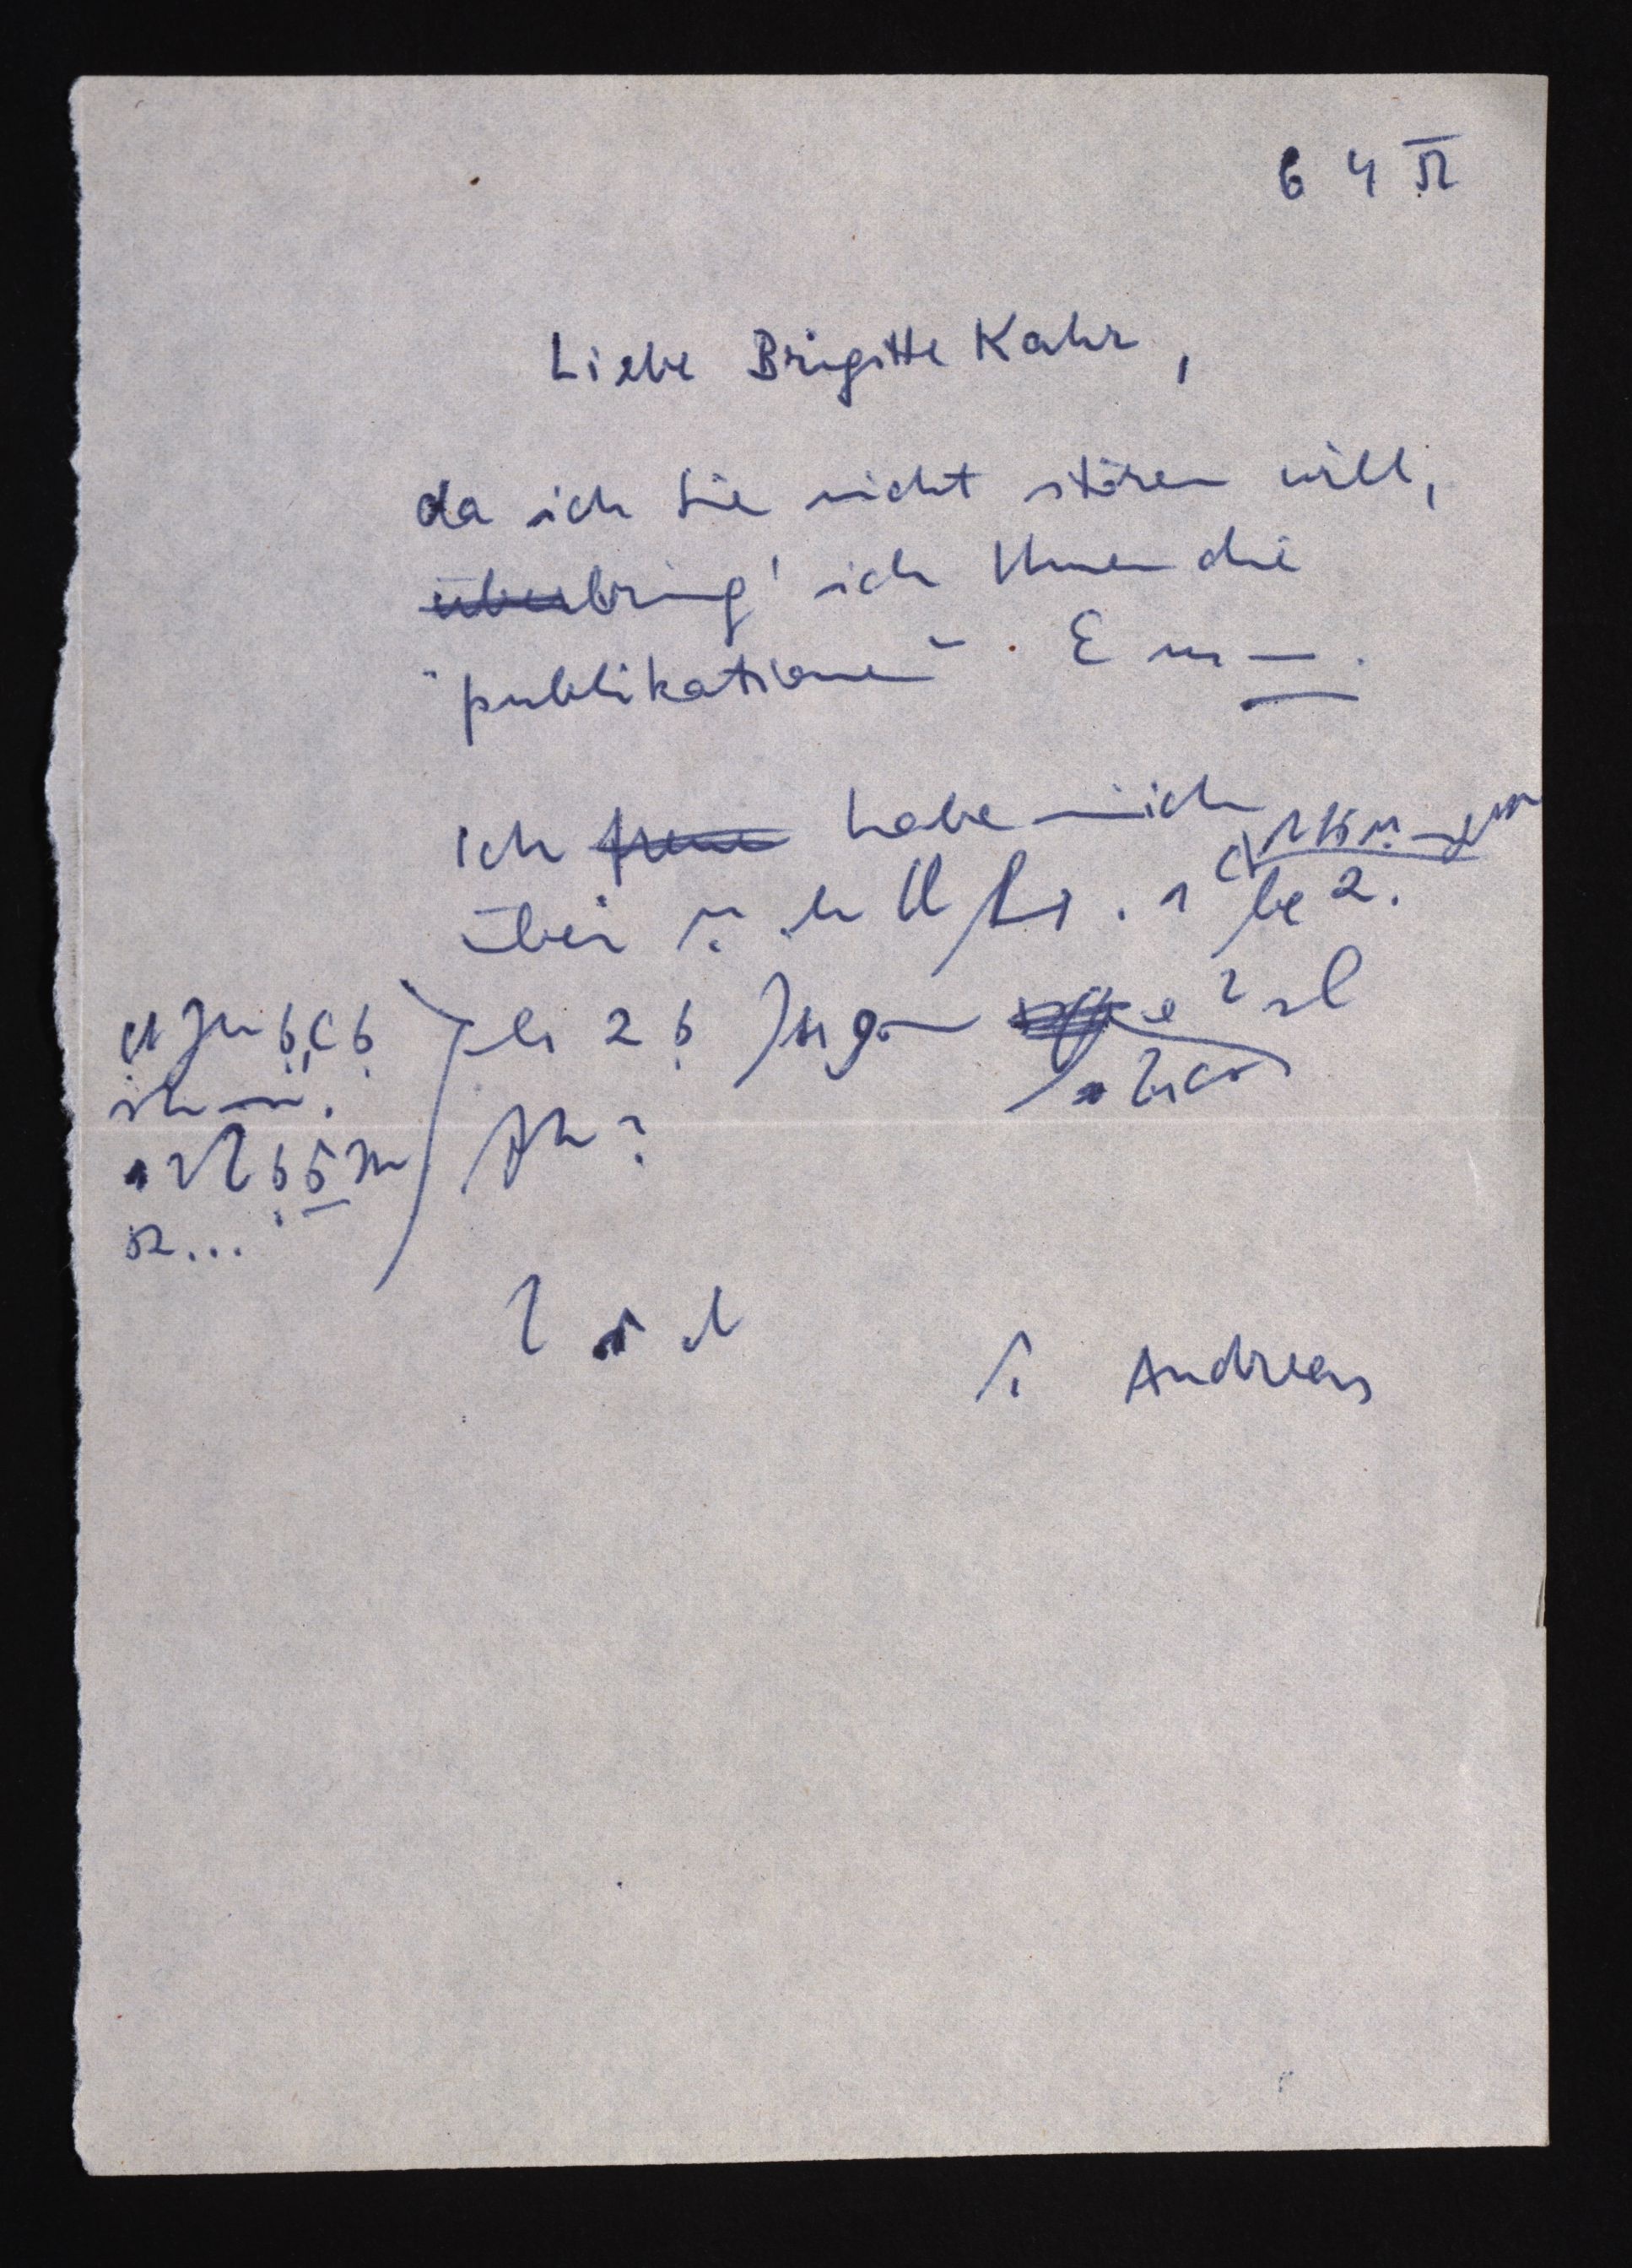
6 4 52
Liebe Brigitte Kahr,
da ich Sie nicht stören will,
überbring' ich Ihnen die
"publikationen"
Ich freue habe mich
über

Andreas